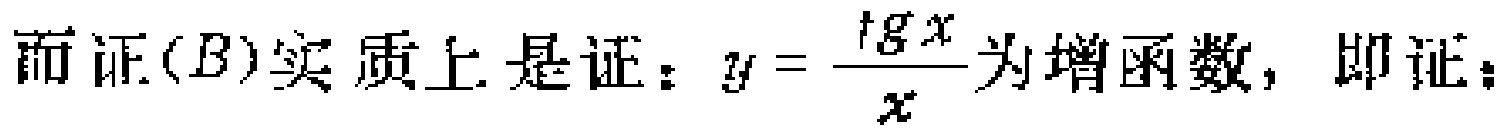
而证$(B)实质上是证：y = \frac{\mathrm{tg}x}{x}为增函数，即证：